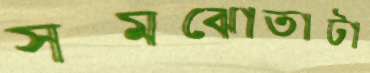
সমঝোতাটা